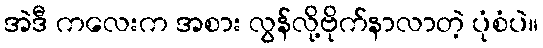
အဲဒီ ကလေးက အစား လွန်လို့ဗိုက်နာလာတဲ့ ပုံစံပဲ။